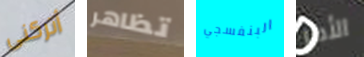
أتركنى تظاهر البنفسجي الأمر